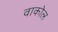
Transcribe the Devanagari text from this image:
वाकोल